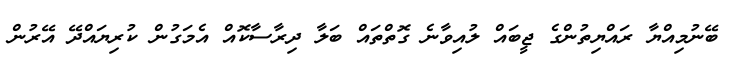
ބޭނުމިއްޔާ ރައްޔިތުންގެ ޖީބައް ލުއިވާނެ ގޮތްތައް ބަލާ ދިރާސާކޮއް އެމަގުން ކުރިޔައްދޭ އޭރުން